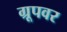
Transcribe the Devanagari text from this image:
ग्रूपवर